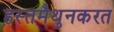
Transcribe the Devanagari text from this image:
हस्तमैथुनकरत